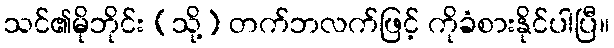
သင်၏မိုဘိုင်း (သို့) တက်ဘလက်ဖြင့် ကိုခံစားနိုင်ပါပြီ။